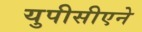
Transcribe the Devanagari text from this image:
युपीसीएने